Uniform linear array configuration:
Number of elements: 32
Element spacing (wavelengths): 0.5
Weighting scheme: hann
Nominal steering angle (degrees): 45
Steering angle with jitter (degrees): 45.414
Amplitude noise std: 0.05
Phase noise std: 0.05

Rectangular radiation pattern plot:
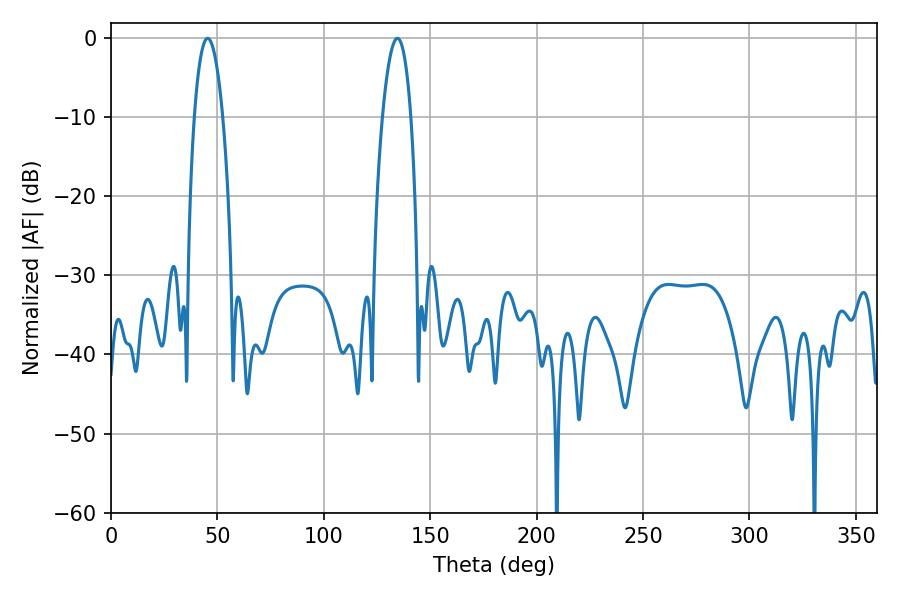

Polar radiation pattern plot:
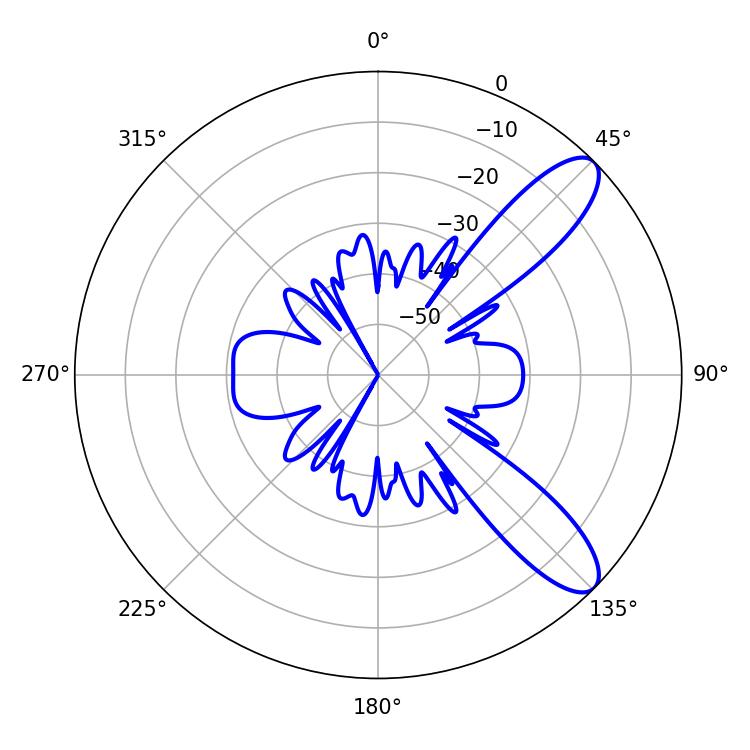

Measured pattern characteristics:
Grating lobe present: FALSE
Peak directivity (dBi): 10.042
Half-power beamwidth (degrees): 7.56
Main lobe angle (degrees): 45.36